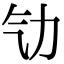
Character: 㔕